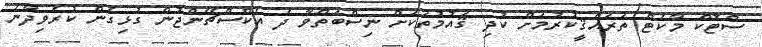
ސްޓޮކް މާކެޓް ތަރައްޤީކުރުމަށް ކުދި ޤައުމުތަކަށް ނިސްބަތްވާ ދެ އެކްސްޗޭންޖުން ގުޅިގެން ކުރެވިދާނެ